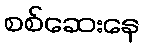
စစ်ဆေးနေ